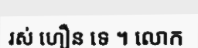
រស់ ហឿន ទេ ។ លោក